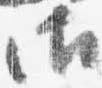
御